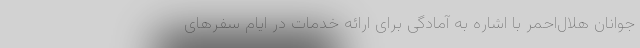
جوانان هلال‌احمر با اشاره به آمادگی برای ارائه خدمات در ایام سفرهای